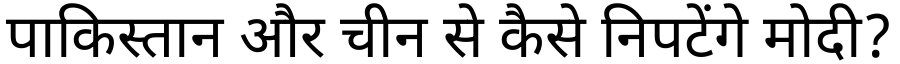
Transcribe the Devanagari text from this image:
पाकिस्तान और चीन से कैसे निपटेंगे मोदी?